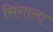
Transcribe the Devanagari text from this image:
सिंगाला